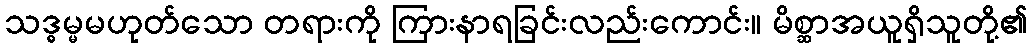
သဒ္ဓမ္မမဟုတ်သော တရားကို ကြားနာရခြင်းလည်းကောင်း။ မိစ္ဆာအယူရှိသူတို့၏